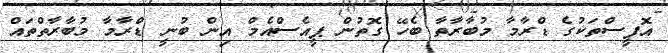
އޮފީސްތަކުގެ ޑްރާމާ މުބާރާތާ ބެހޭ ގޮތުން ޕީއެސްއެމް އިން ބުނީ ޑްރާމާ މުބާރާތްތައް